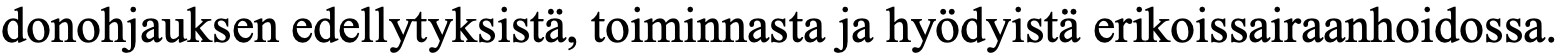
donohjauksen edellytyksistä, toiminnasta ja hyödyistä erikoissairaanhoidossa.